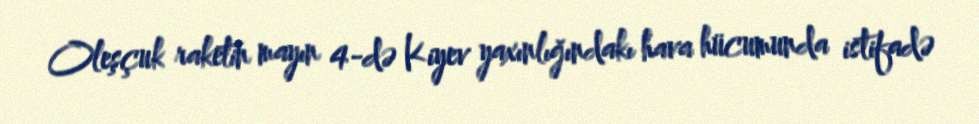
Oleşçuk raketin mayın 4-də Kiyev yaxınlığındakı hava hücumunda istifadə